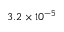
3 . 2 \times 1 0 ^ { - 5 }